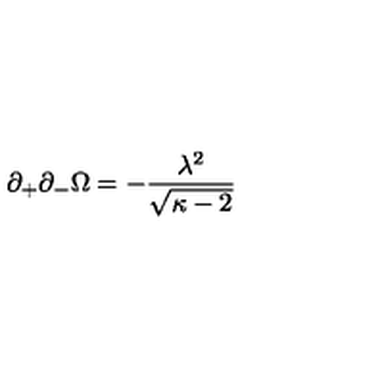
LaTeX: \partial _ { + } \partial _ { - } \Omega = - \frac { \lambda ^ { 2 } } { \sqrt { \kappa - 2 } }